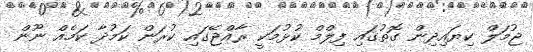
ޖުމަލް ކިޔައިދިން ގޮތުގައި ފިލްމް ކުޅުމަކީ ރާއްޖޭގައި ކުރަން ކަމުދާ ކަމެއް ނޫން